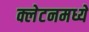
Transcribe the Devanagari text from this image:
क्लेटनमध्ये